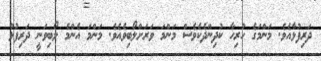
ދަރިފުޅާއެވެ. މަންމަގެ ހުރިހާ ކުދިންދެކެވެސް މަންމަ ވަރަށްލޯބިވެއެވެ. މަންމަ އެންމެ ލޯބިވަނީ ދަރިފުޅު